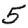
Digit: 5